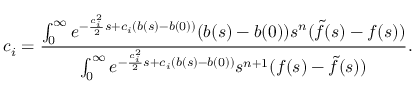
c _ { i } = \frac { \int _ { 0 } ^ { \infty } e ^ { - \frac { c _ { i } ^ { 2 } } { 2 } s + c _ { i } ( b ( s ) - b ( 0 ) ) } ( b ( s ) - b ( 0 ) ) s ^ { n } ( \tilde { f } ( s ) - f ( s ) ) \d s } { \int _ { 0 } ^ { \infty } e ^ { - \frac { c _ { i } ^ { 2 } } { 2 } s + c _ { i } ( b ( s ) - b ( 0 ) ) } s ^ { n + 1 } ( f ( s ) - \tilde { f } ( s ) ) \d s } .